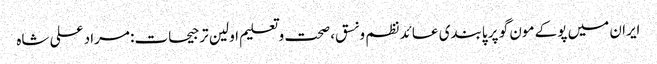
ایران میں پوکے مون گو پر پابندی عائد	 نظم و نسق، صحت و تعلیم اولین ترجیحات: مراد علی شاہ